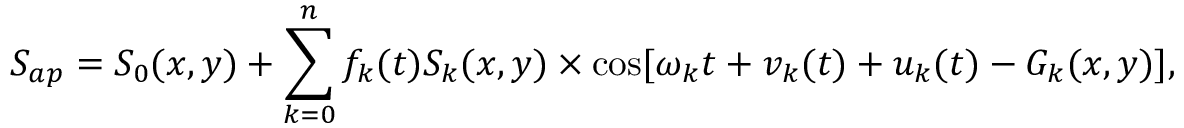
S _ { a p } = S _ { 0 } ( x , y ) + \sum _ { k = 0 } ^ { n } f _ { k } ( t ) S _ { k } ( x , y ) \times \cos [ \omega _ { k } t + { v } _ { k } ( t ) + u _ { k } ( t ) - G _ { k } ( x , y ) ] ,